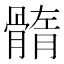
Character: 䯝